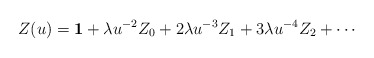
\begin{align*}Z(u)={\bf 1}+\lambda u^{-2}Z_0+2\lambda u^{-3}Z_1+3\lambda u^{-4}Z_2+\cdots\end{align*}